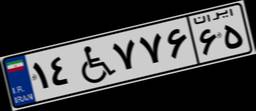
۸۹W۶۵۱۶۸